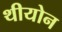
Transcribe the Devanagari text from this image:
थीयोन